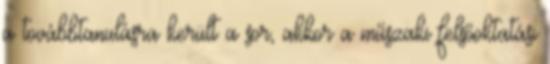
a továbbtanulásra került a sor, akkor a műszaki felsőoktatási